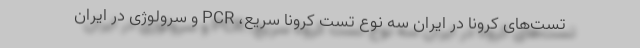
تست‌های کرونا در ایران سه نوع تست کرونا سریع، PCR و سرولوژی در ایران